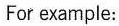
For example: